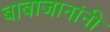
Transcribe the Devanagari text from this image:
बाबाजानांनी